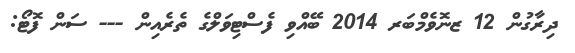
ދިރާގުން 12 ޒނޮވެމްބަރ 2014 ބޭއްވި ފެސްޓިވަލްގެ ތެރެއިން --- ސަން ފޮޓޯ: